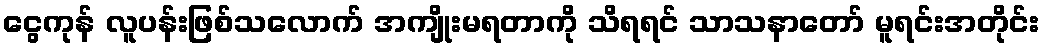
ငွေကုန် လူပန်းဖြစ်သလောက် အကျိုးမရတာကို သိရရင် သာသနာတော် မူရင်းအတိုင်း